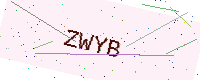
Text: ZWYB